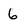
Character: 6